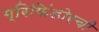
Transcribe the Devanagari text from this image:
ग्रिफिंडोरची